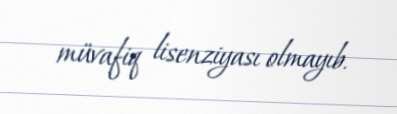
müvafiq lisenziyası olmayıb.